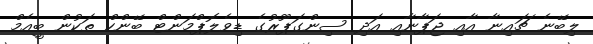
ލިބޭނެ ޗައިނާ އާއި ޖަޕާނާއި އަދި ސިންގަޕޫރުގެ ޑިވެލޮޕްމަންޓް ބޭންކް ތަކުން ބީއެމް